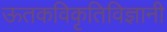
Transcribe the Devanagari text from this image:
ऊतकविकृतिविज्ञानी